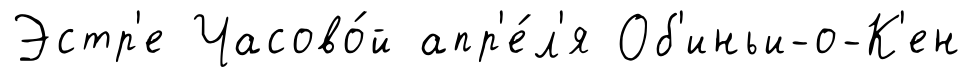
Эстр'е Часово́й апр'е́л'я Об'иньи-о-К'ен